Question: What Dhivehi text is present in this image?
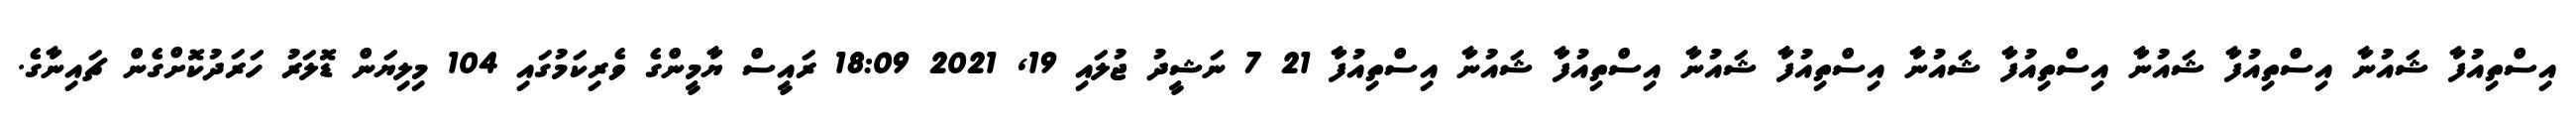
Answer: އިސްތިއުފާ ޝައުނާ އިސްތިއުފާ ޝައުނާ އިސްތިއުފާ ޝައުނާ އިސްތިއުފާ ޝައުނާ އިސްތިއުފާ ޝައުނާ އިސްތިއުފާ 21 7 ނަޝީދު ޖުލައި 19, 2021 18:09 ރައީސް ޔާމީންގެ ވެރިކަމުގައި 104 މިލިޔަން ޑޮލަރު ހަރަދުކޮށްގެން ޗައިނާގެ.